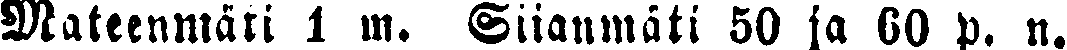
Mateenmäti 1 m. Siianmäti 50 ja 60 p. n.